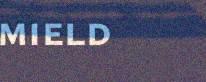
mield